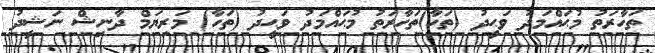
ތަހާރަތު މުޙައްމަދު ވަޙީދު (ތަހާ)ތަހާރަތު މުޙައްމަދު ވަޙީދު (ތަހާ) މަރިޔަމް ދާނިޝް ނަޝީދު